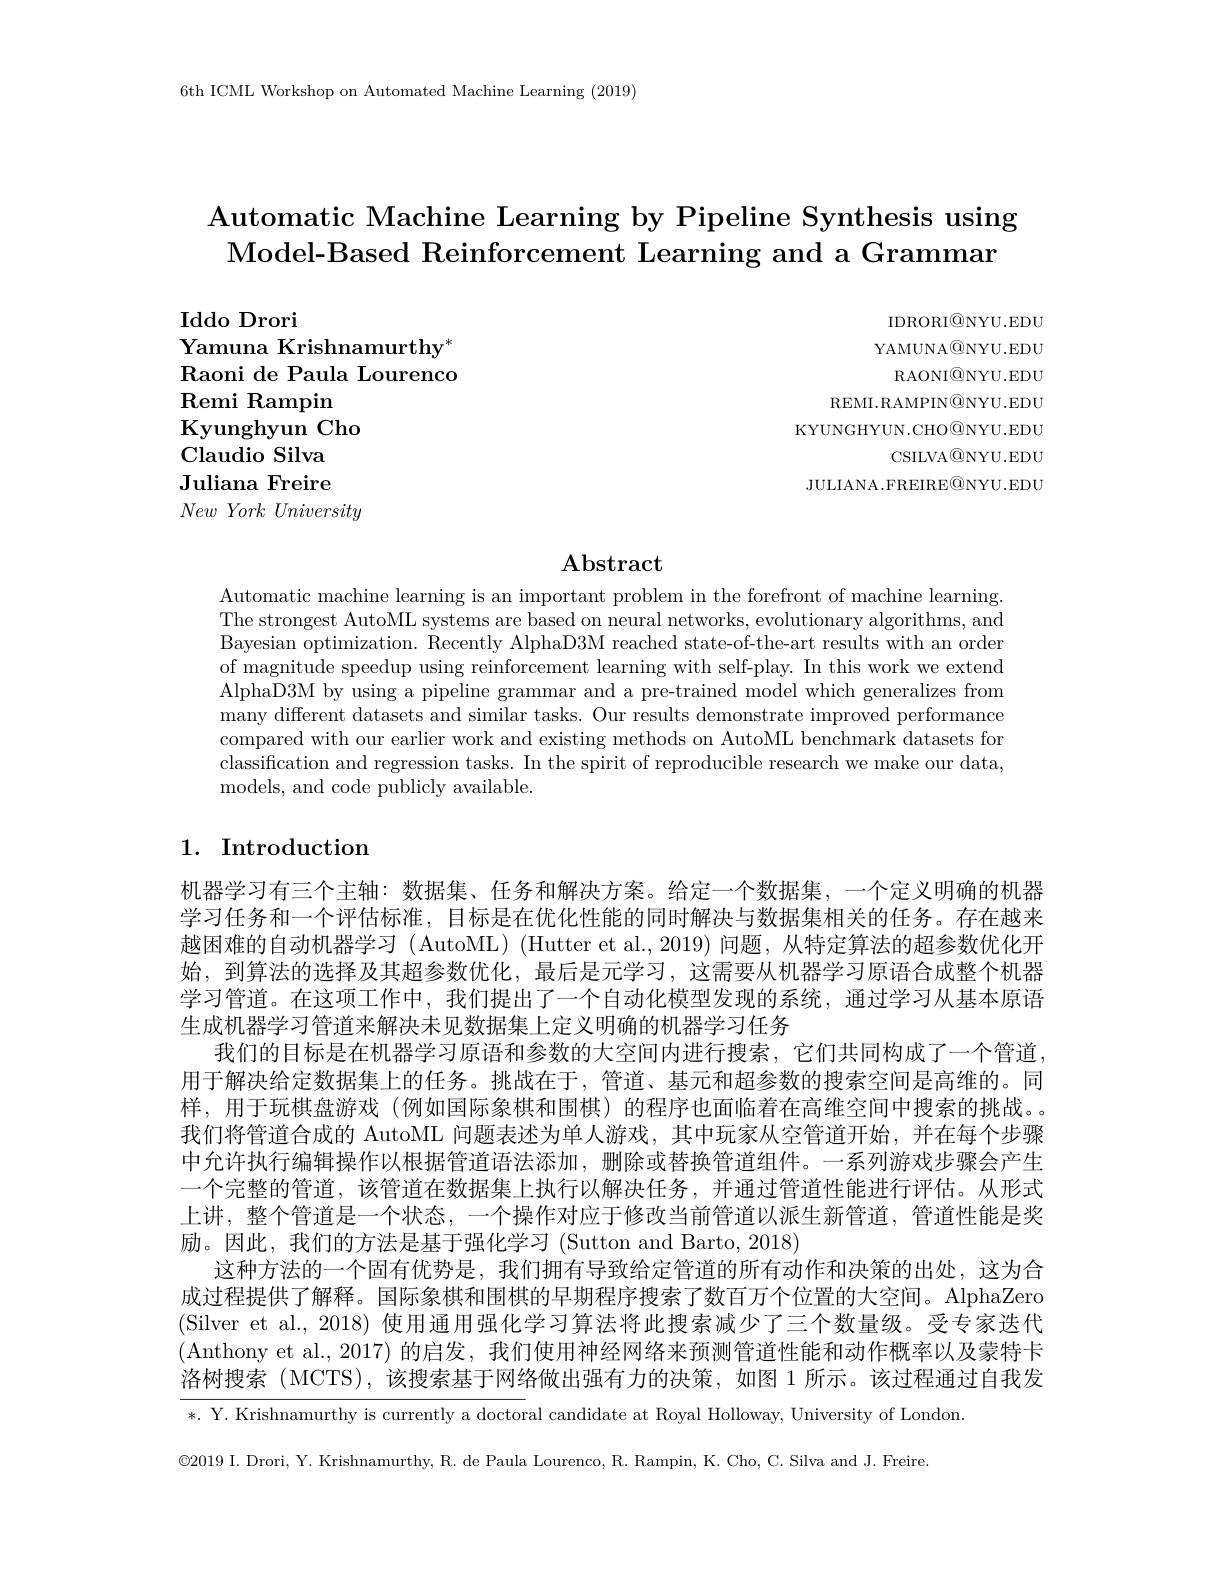
6th ICML Workshop on Automated Machine Learning (2019)

# Automatic Machine Learning by Pipeline Synthesis using Model-Based Reinforcement Learning and a Grammar

Iddo Drori

IDRORI$\textcircled{\mathrm{ONYU.EDU}}$ YAMUNA@NYU.EDU
RAONI@NYU.EDU
REMI.RAMPIN@NYU.EDU KYUNGHYUN.CHO@NYU.EDU
CSILVA$\textcircled{\mathbb{Q}}$NYU.EDU
JULIANA.FREIRE@NYU.EDU

Yamuna Krishnamurthy$^*$ Raoni de Paula Lourenco Remi Rampin
Kyunghyun Cho
Claudio Silva Juliana Freire New York University

# $\mathbf{Abstract}$

Automatic machine learning is an important problem in the forefront of machine learning. The strongest AutoML systems are based on neural networks, evolutionary algorithms, and Bayesian optimization. Recently AlphaD3M reached state-of-the-art results with an order of magnitude speedup using reinforcement learning with self-play. In this work we extend AlphaD3M by using a pipeline grammar and a pre-trained model which generalizes from many different datasets and similar tasks. Our results demonstrate improved performance compared with our earlier work and existing methods on AutoML benchmark datasets for classification and regression tasks. In the spirit of reproducible research we make our data, models, and code publicly available.

## 1. Introduction

机器学习有三个主轴：数据集、任务和解决方案。给定一个数据集，一个定义明确的机器学习任务和一个评估标准，目标是在优化性能的同时解决与数据集相关的任务。存在越来越困难的自动机器学习 (AutoML) (Hutter et al.,2019) 问题，从特定算法的超参数优化开始，到算法的选择及其超参数优化，最后是元学习，这需要从机器学习原语合成整个机器学习管道。在这项工作中，我们提出了一个自动化模型发现的系统，通过学习从基本原语生成机器学习管道来解决未见数据集上定义明确的机器学习任务
我们的目标是在机器学习原语和参数的大空间内进行搜索，它们共同构成了一个管道， 用于解决给定数据集上的任务。挑战在于，管道、基元和超参数的搜索空间是高维的。同样，用于玩棋盘游戏(例如国际象棋和围棋)的程序也面临着在高维空间中搜索的挑战。。我们将管道合成的 AutoML 问题表述为单人游戏，其中玩家从空管道开始，并在每个步骤中允许执行编辑操作以根据管道语法添加，删除或替换管道组件。一系列游戏步骤会产生一个完整的管道，该管道在数据集上执行以解决任务，并通过管道性能进行评估。从形式上讲，整个管道是一个状态，一个操作对应于修改当前管道以派生新管道，管道性能是奖励。因此，我们的方法是基于强化学习 (Sutton and Barto, 2018)
这种方法的一个固有优势是，我们拥有导致给定管道的所有动作和决策的出处，这为合成过程提供了解释。国际象棋和围棋的早期程序搜索了数百万个位置的大空间。AlphaZero (Silver et al., 2018) 使用通用强化学习算法将此搜索减少了三个数量级。受专家迭代(Anthony et al., 2017) 的启发，我们使用神经网络来预测管道性能和动作概率以及蒙特卡洛树搜索(MCTS),该搜索基于网络做出强有力的决策，如图 1 所示。该过程通过自我发

*. Y. Krishnamurthy is currently a doctoral candidate at Royal Holloway, University of London

$\mathbb{C}2019$ I. Drori, Y. Krishnamurthy, R. de Paula Lourenco, R. Rampin, K. Cho, C. Silva and J. Freire.